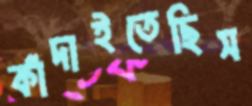
কাঁদাইতেছিস